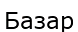
Базар